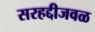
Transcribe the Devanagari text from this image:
सरहद्दीजवळ